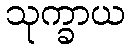
သုက္ခာယ